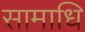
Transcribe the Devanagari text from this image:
सामाधि